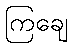
ကြချေ